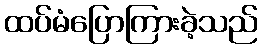
ထပ်မံပြောကြားခဲ့သည်